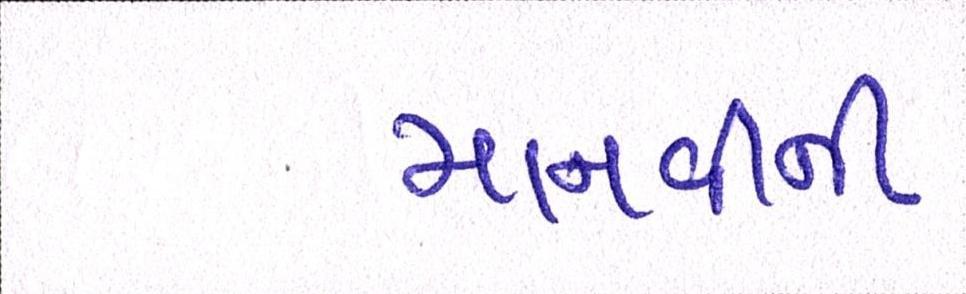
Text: માનવીની